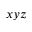
x y z